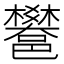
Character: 𨟄